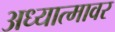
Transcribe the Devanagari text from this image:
अध्यात्मावर